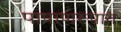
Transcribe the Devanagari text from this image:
पाषाणरूपात